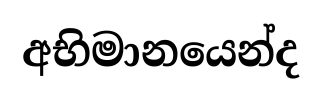
අභිමානයෙන්ද